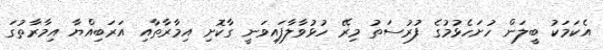
އެކަމަކު ބީލަން ހުށަހެޅުމުގެ ފުުރުސަތު މިރޭ ހުޅުވާލާފައިވަނީ ގާކޮށި އިމާރާތާއި އަރަބިއްޔާ އިމާރާތުގަ